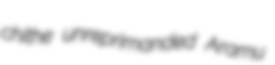
chithe unreprimanded Aramu